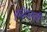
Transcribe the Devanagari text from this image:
वृद्धिघाती